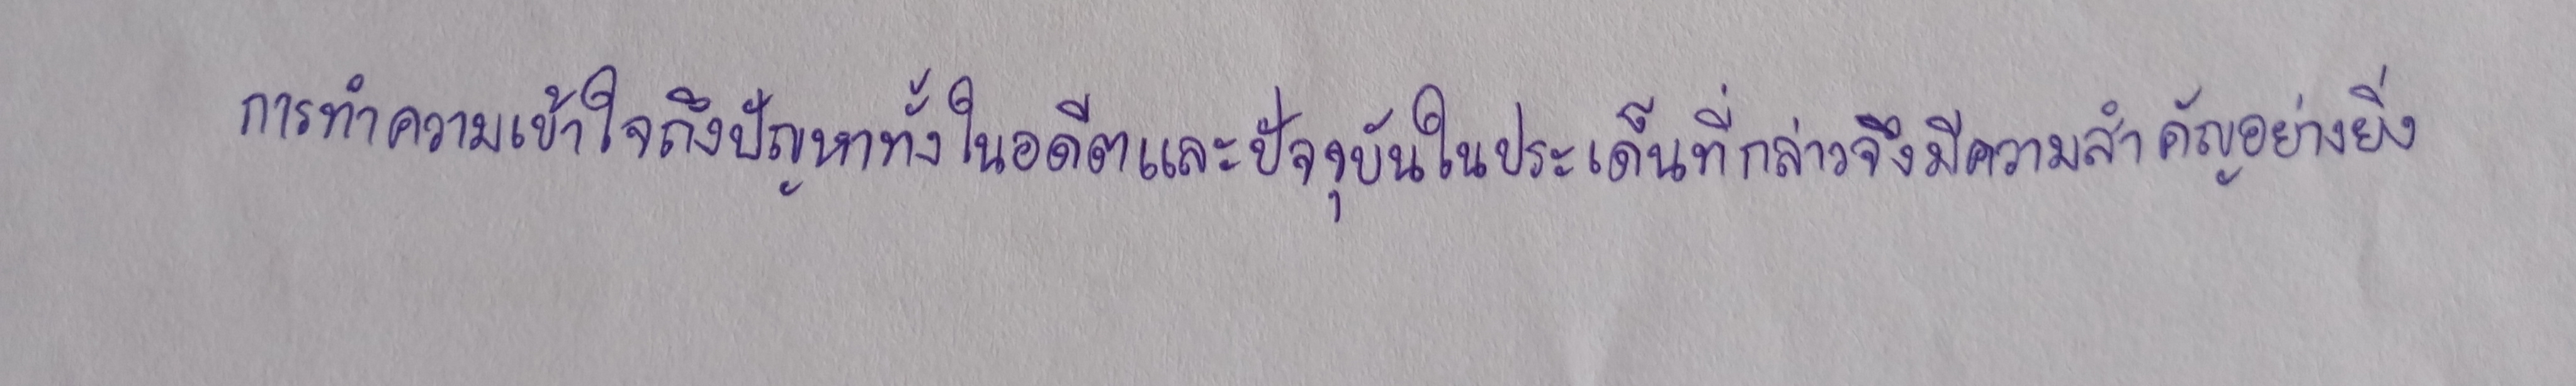
การทำความเข้าใจถึงปัญหาทั้งในอดีตและปัจจุบันในประเด็นที่กล่าวจึงมีความสำคัญอย่างยิ่ง